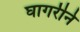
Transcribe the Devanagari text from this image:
घागरीने